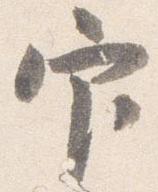
官